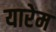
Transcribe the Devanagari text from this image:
यारेम